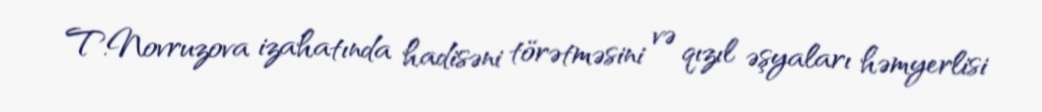
T.Novruzova izahatında hadisəni törətməsini və qızıl əşyaları həmyerlisi